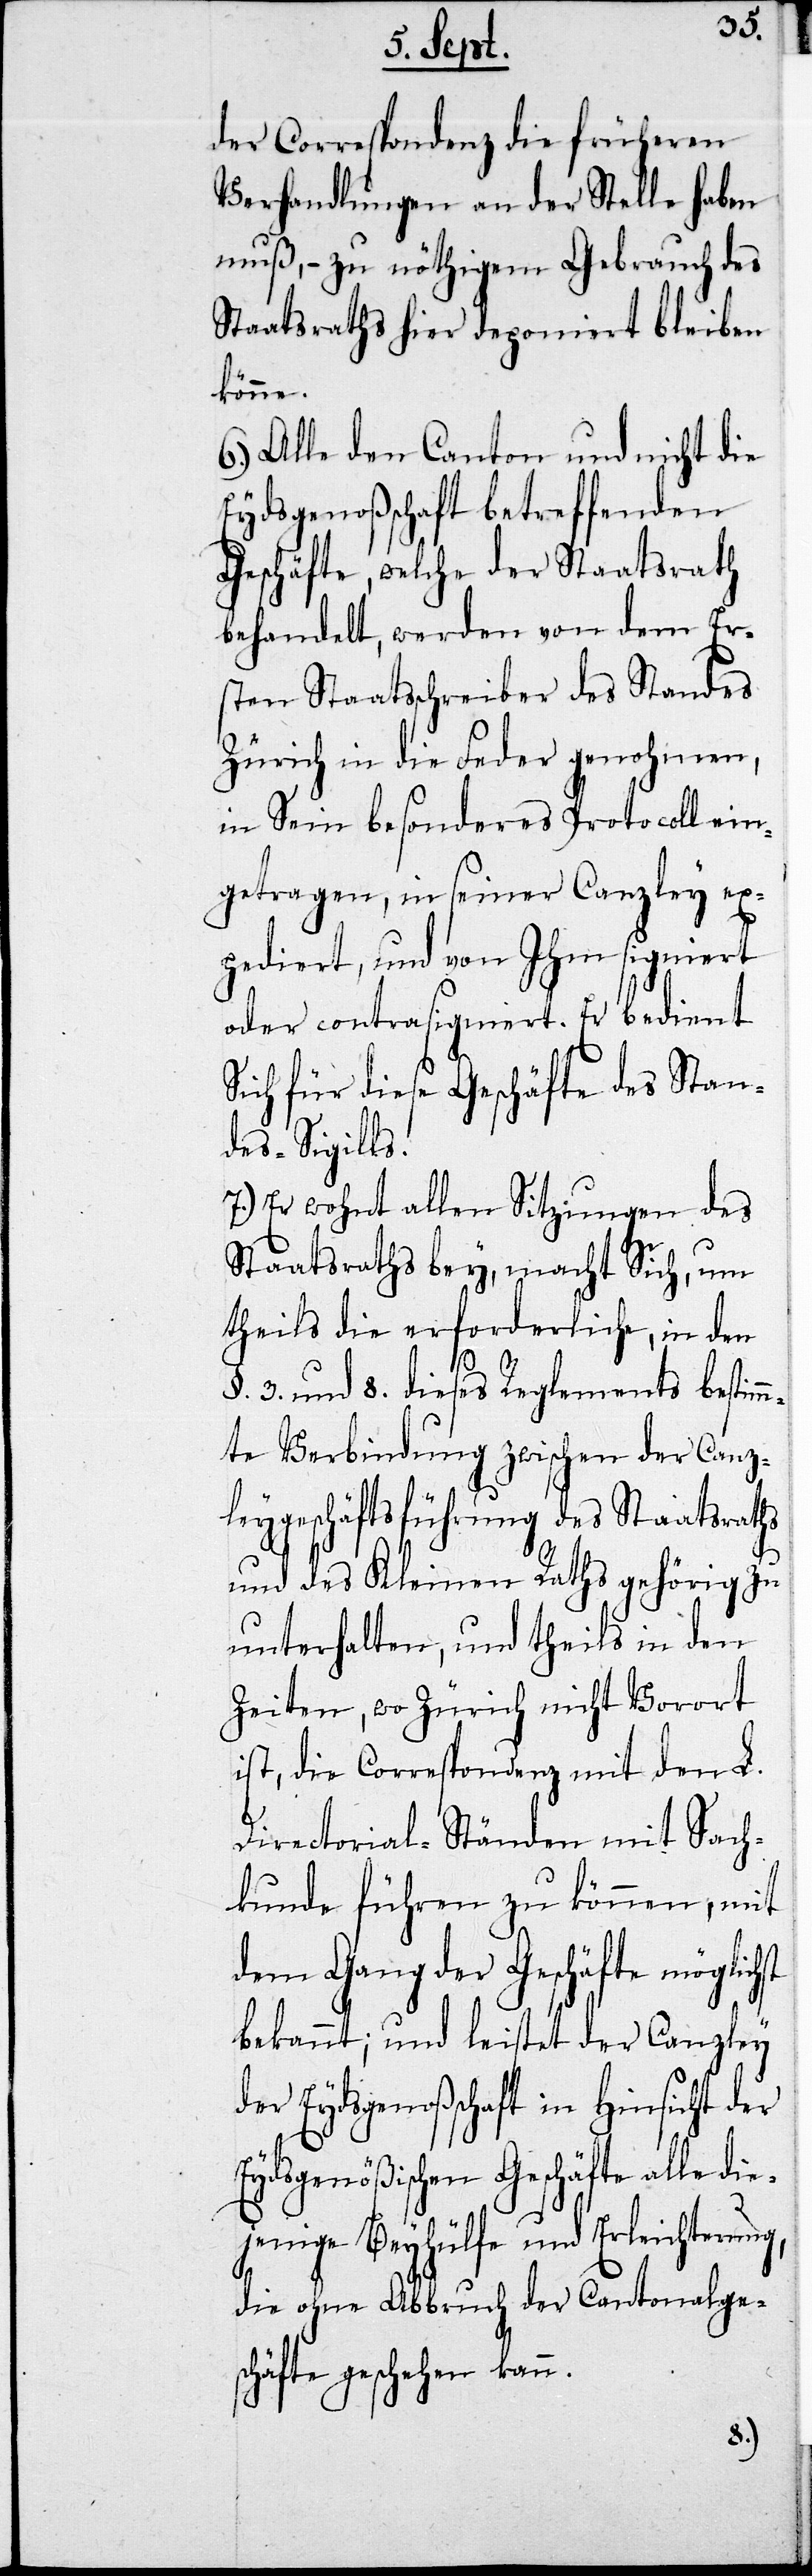
der Correspondenz die früheren
Verhandlungen an der Stelle haben
muß, – zu nöthigem Gebrauch des
Staatsraths hier deponiert bleiben
könne.
6.) Alle den Canton und nicht die
Eydsgenoßenschaft betreffenden
Geschäfte, welche der Staatsrath
behandelt, werden von dem Er¬
sten Staatsschreiber des Standes
Zürich in die Feder genohmen,
in Sein besonderers Protocoll ein¬
getragen, in seiner Canzley ex¬
pediert, und von Ihm signiert
oder contrasigniert. Er bedient
Sich für dieses Geschäfte des Stan¬
des-Sigills.
7.) Er wohnt allen Sitzungen des
Staatsraths bey, macht Sich, um
theils die erforderliche, in den
§. 3. und 8. dieses Reglements bestimm¬
te Verbindung zwischen der Canz¬
leygeschäftsführung des Staatsraths
und des Kleinen Raths gehörig zu
unterhalten, und theils in den
Zeiten, wo Zürich nicht Vorort
ist, die Correspondenz mit den K.
Directional-Ständen mit Sach¬
kunde führen zu können, mit
dem Gang der Geschäfte möglichst
bekannt, und leistet der Canzley
der Eydsgenoßenschaft in Hinsicht der
Eydsgenößischen Geschäfte alle di¬
ejenige Beyhülfe und Erleichterung,
die ohne Abbruch der Cantonalges¬
chäfte geschehen kann.